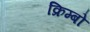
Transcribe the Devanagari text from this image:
क्रिम्बो